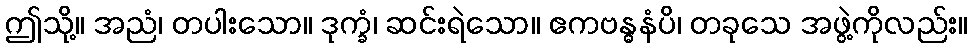
ဤသို့။ အညံ၊ တပါးသော။ ဒုက္ခံ၊ ဆင်းရဲသော။ ဧကဗန္ဓနံပိ၊ တခုသေ အဖွဲ့ကိုလည်း။